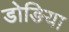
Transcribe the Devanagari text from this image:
डोङिया